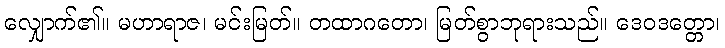
လျှောက်၏။ မဟာရာဇ၊ မင်းမြတ်။ တထာဂတော၊ မြတ်စွာဘုရားသည်။ ဒေဝဒတ္တော၊